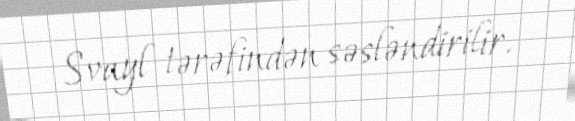
Svayl tərəfindən səsləndirilir.